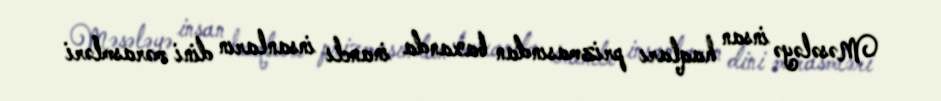
Məsələyə insan haqları prizmasından baxanda inanclı insanların dini mərasmləri